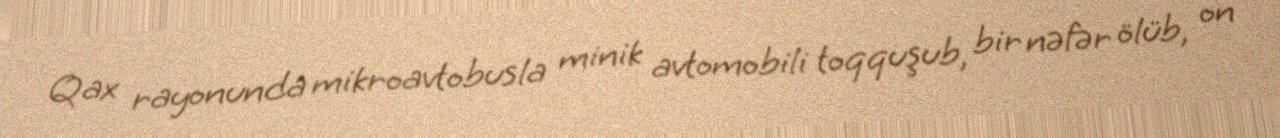
Qax rayonunda mikroavtobusla minik avtomobili toqquşub, bir nəfər ölüb, on